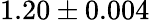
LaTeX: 1.20\pm 0.004